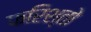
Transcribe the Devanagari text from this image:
फरिश्तो